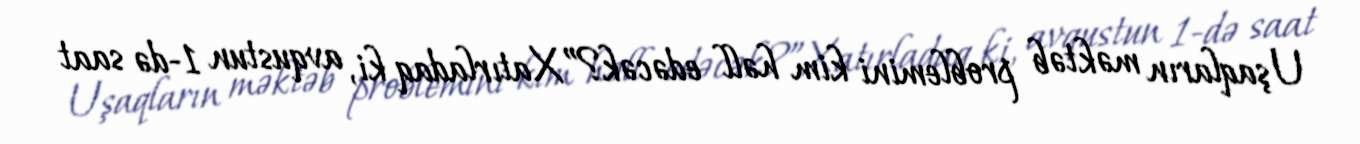
Uşaqların məktəb problemini kim həll edəcək?”Xatırladaq ki, avqustun 1-də saat